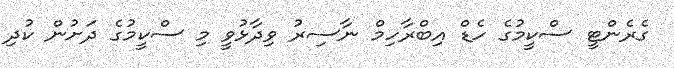
ގެރެންޓީ ސްކީމުގެ ހެޑް އިބްރާހިމް ނާސިރު ވިދާޅުވީ މި ސްކީމުގެ ދަށުން ކުދި